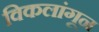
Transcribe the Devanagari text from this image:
विकलांगून